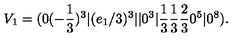
V _ { 1 } = ( 0 ( - { \frac { 1 } { 3 } } ) ^ { 3 } \vert ( e _ { 1 } / 3 ) ^ { 3 } \vert \vert 0 ^ { 3 } \vert { \frac { 1 } { 3 } } { \frac { 1 } { 3 } } { \frac { 2 } { 3 } } 0 ^ { 5 } \vert 0 ^ { 8 } ) .